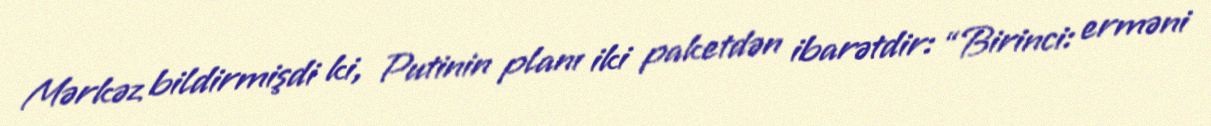
Mərkəz bildirmişdi ki, Putinin planı iki paketdən ibarətdir: “Birinci: erməni